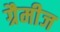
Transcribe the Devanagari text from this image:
ग्रैमीज